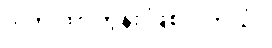
ဒါက ကာတွန်း ဖြစ်ပါတယ်။